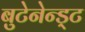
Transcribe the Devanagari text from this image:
बुटेनेन्ड्ट